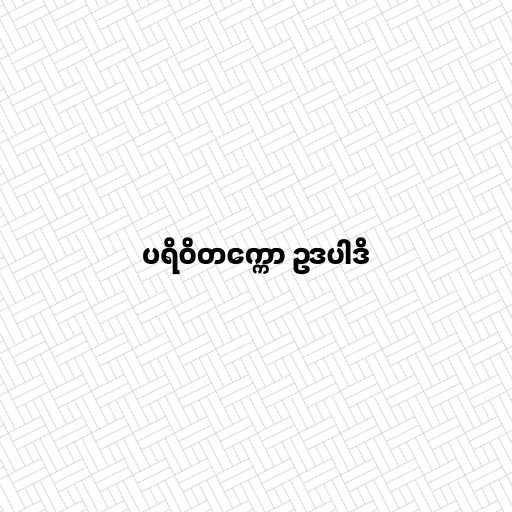
ပရိဝိတက္ကော ဥဒပါဒိ